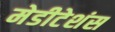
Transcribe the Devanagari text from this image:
मेडीटेशंस